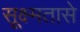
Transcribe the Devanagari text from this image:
सूक्ष्मतासे